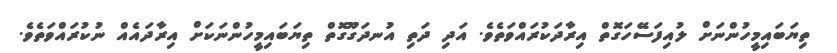
ތިޔަބައިމީހުންނަށް ލުއިފަސޭހަގޮތް އިރާދަކުރައްވަތެވެ. އަދި ދަތި އުނދަގޫގޮތް ތިޔަބައިމީހުންނަކަށް އިރާދައެއް ނުކުރައްވަތެވެ.